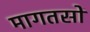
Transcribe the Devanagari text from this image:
मागतसों